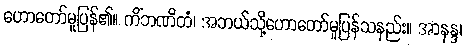
ဟောတော်မူပြန်၏။ ကိံဘဏိတံ၊ အဘယ်သို့ဟောတော်မူပြန်သနည်း။ အာနန္ဒ၊